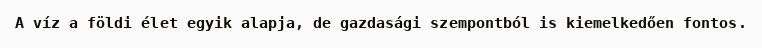
A víz a földi élet egyik alapja, de gazdasági szempontból is kiemelkedően fontos.